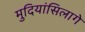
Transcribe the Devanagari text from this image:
मुदियांसिलागे